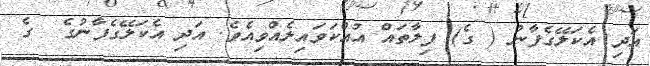
އަދި އެކަލޭގެފާނު ( ގެ) ފިލާތައް އުއްކަވައިލެއްވިއެވެ. އަދި އެކަލޭގެފާނުގެ  ގެ